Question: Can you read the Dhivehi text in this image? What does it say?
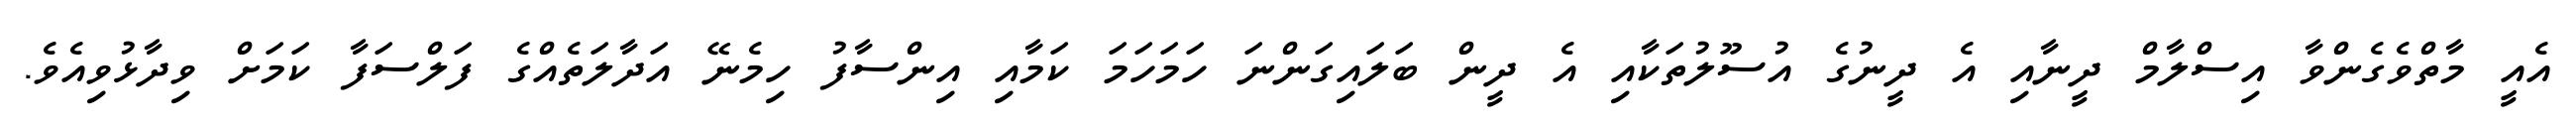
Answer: އެއީ މާތްވެގެންވާ އިސްލާމް ދީނާއި އެ ދީނުގެ އުސޫލުތަކާއި އެ ދީން ބަލައިގަންނަ ހަމަހަމަ ކަމާއި އިންސާފު ހިމެނޭ އަދާލަތެއްގެ ފަލްސަފާ ކަމަށް ވިދާޅުވިއެވެ.